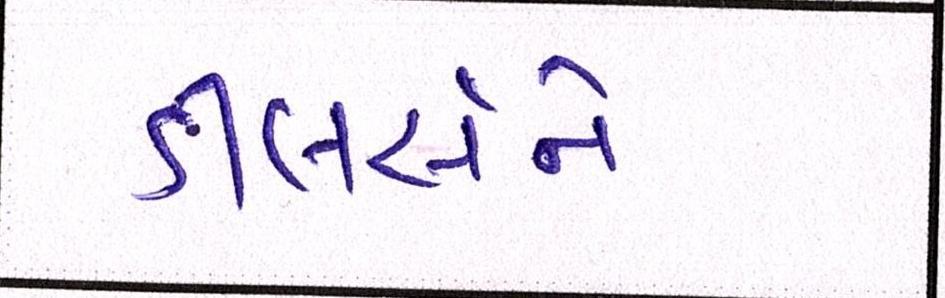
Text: ડીલર્સને